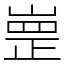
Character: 㟵